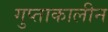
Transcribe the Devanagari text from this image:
गुप्ताकालीन